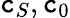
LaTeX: \mathtt{c}_{S},\mathtt{c}_{0}